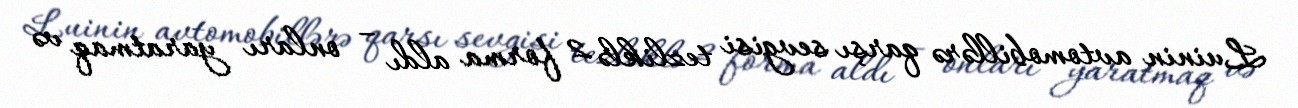
Luinin avtomobillərə qarşı sevgisi tezliklə 2 forma aldı – onları yaratmaq və